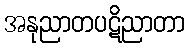
အနုညာတပဋိညာတာ